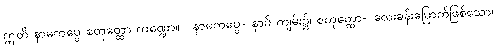
ဣတိ နာမကပ္ပေ စတုတ္ထော ကဏ္ဍော။ ။ နာမကပ္ပေ- နာမ် ကျမ်း၌၊ စတုတ္ထော- လေးခန်းမြောက်ဖြစ်သော၊